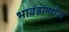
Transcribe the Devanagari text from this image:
भावंडांमधील